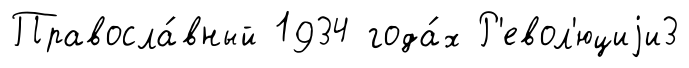
Правосла́вный 1934 года́х Р'евол'юциjи3